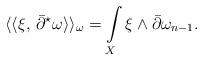
LaTeX: \begin{align*}\langle\langle \xi,\,\bar\partial^{\star}\omega\rangle\rangle_\omega= \int\limits_X \xi \wedge \bar\partial\omega_{n-1}.\end{align*}